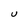
Character: U